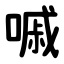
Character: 嘁